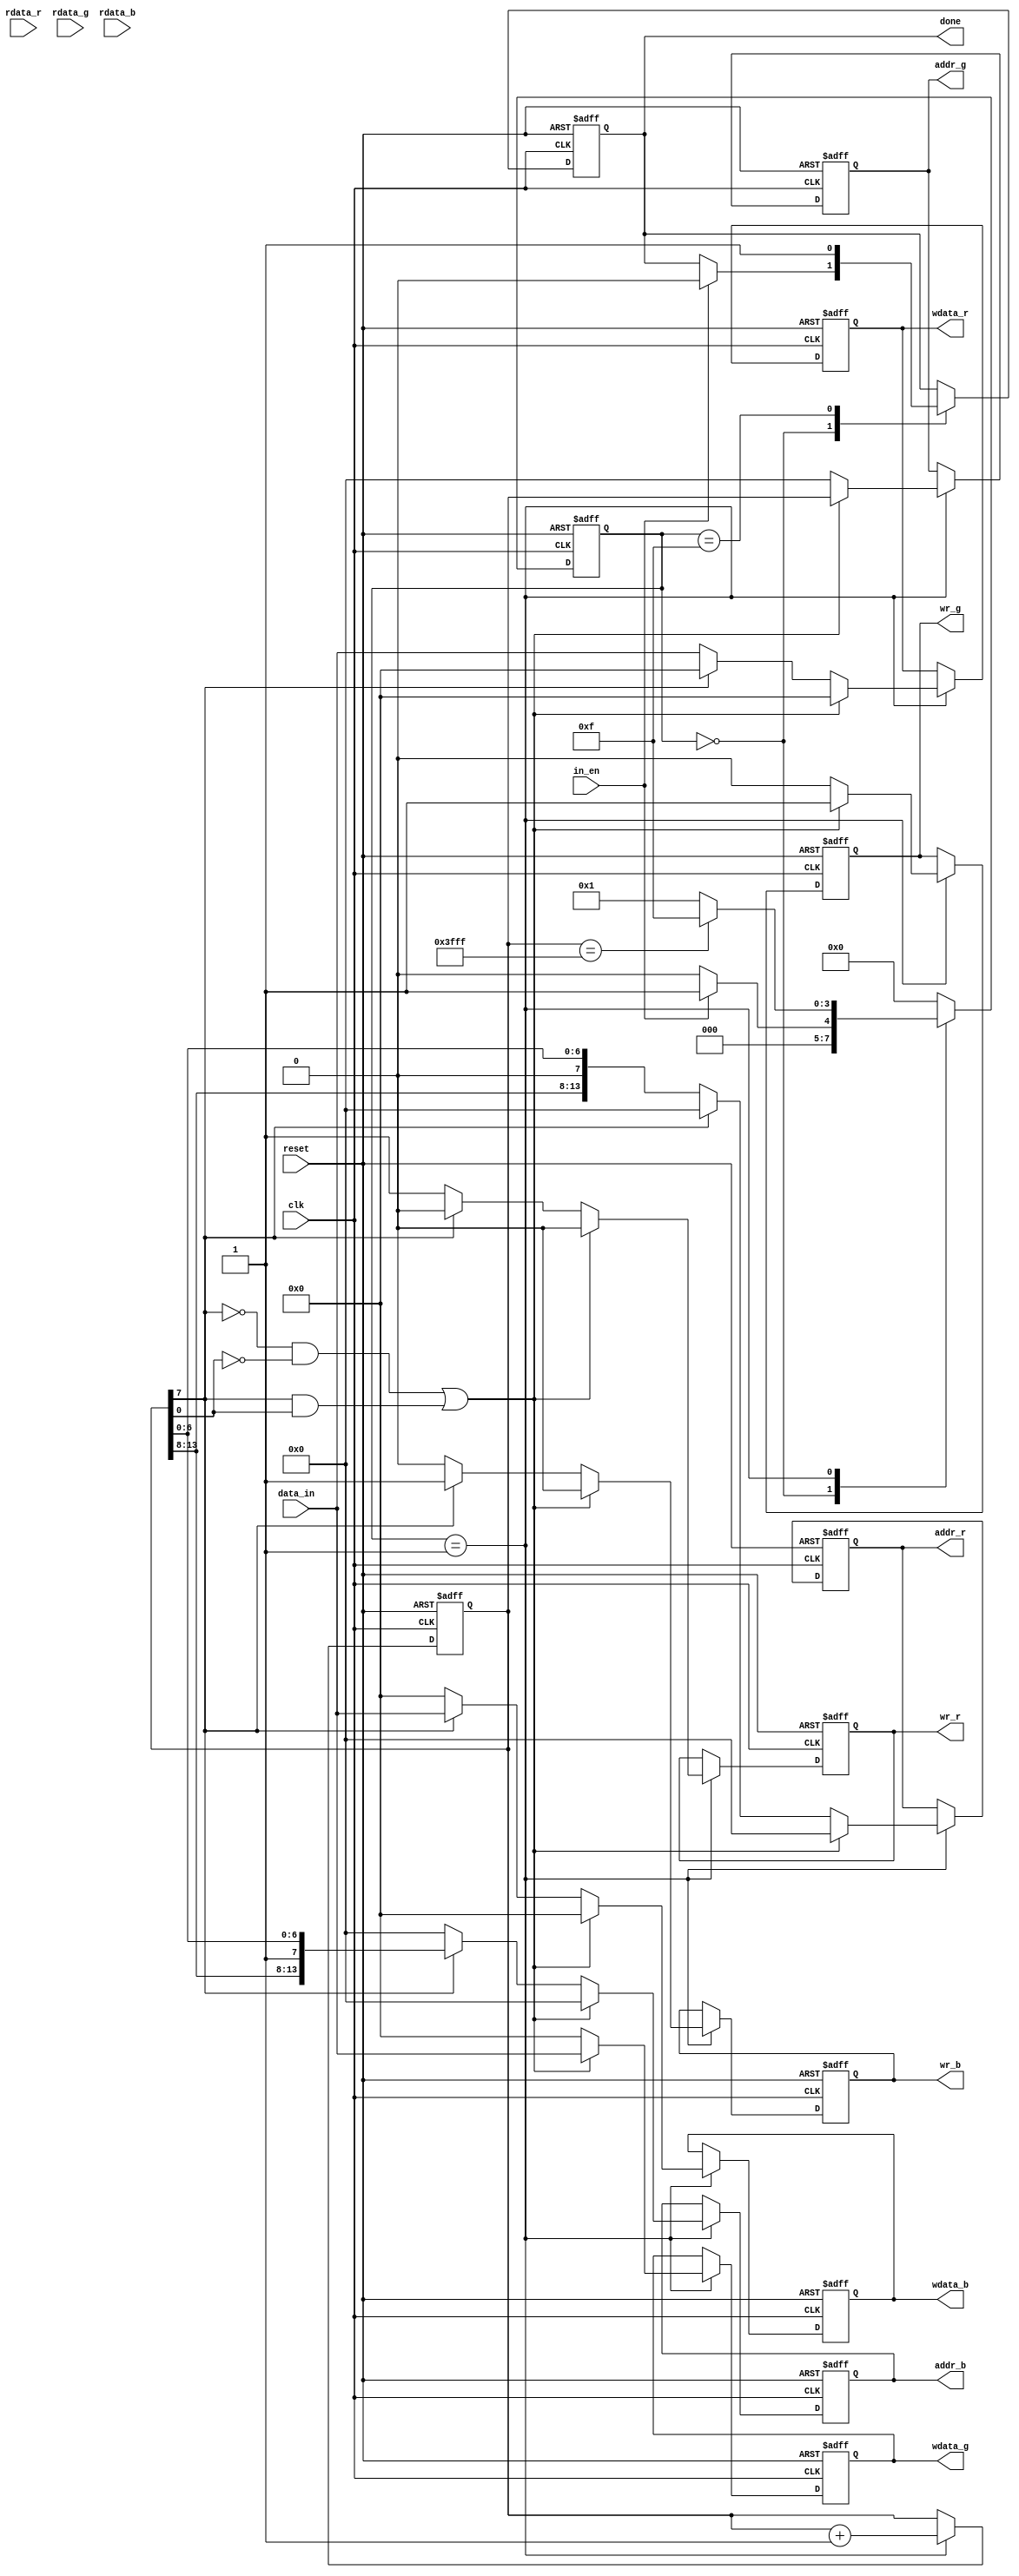
module demosaic(clk, reset, in_en, data_in, wr_r, addr_r, wdata_r, rdata_r, wr_g, addr_g, wdata_g, rdata_g, wr_b, addr_b, wdata_b, rdata_b, done);
input clk;
input reset;
input in_en;
input [7:0] data_in;
output reg wr_r;
output reg [13:0] addr_r;
output reg [7:0] wdata_r;
input [7:0] rdata_r;
output reg wr_g;
output reg [13:0] addr_g;
output reg [7:0] wdata_g;
input [7:0] rdata_g;
output reg wr_b;
output reg [13:0] addr_b;
output reg [7:0] wdata_b;
input [7:0] rdata_b;
output reg done;

//state param
localparam INIT = 0;
localparam READ_DATA = 1;
localparam Bilinear = 2;
localparam type_0 = 3;
localparam type_1 = 4;
localparam type_2 = 5;
localparam type_3 = 6;
localparam type_5 = 7;
localparam type_6 = 8;
localparam type_7 = 9;
localparam type_8 = 10;
localparam type_a = 11;
localparam type_b = 12;
localparam type_c = 13;
localparam type_d = 14;
localparam FINISH = 15;

//regs
reg [3:0] state, nextState;
reg [13:0] center; // Coordinate (row, column) = (center[13:7], center[6:0])
reg [2:0] counter; 
reg signed [9:0] r_Sum, g_Sum, b_Sum; // {add_integer(10bits)}

//constant param
localparam LENGTH = 7'd127;
localparam ZERO = 7'd0; 

//wire constants
wire [6:0] cx_add1,cx_minus1,cy_add1,cy_minus1;
assign cy_add1 = center[13:7] + 7'd1;
assign cy_minus1 = center[13:7] - 7'd1;
assign cx_add1 = center[6:0] + 7'd1 ;
assign cx_minus1 = center[6:0] - 7'd1;

//state ctrl
always @(posedge clk or posedge reset) begin
	if(reset) state <= INIT;
	else state <= nextState;
end

//next state logic
always @(*) begin
	case (state)
		INIT: nextState = (in_en)? READ_DATA : INIT;
		READ_DATA: nextState = (center == 14'd16383)? FINISH : READ_DATA;
		FINISH: nextState = INIT;
		default: nextState = INIT;
	endcase
end

//main sequential circuit
always @(posedge clk or posedge reset) begin
	if (reset) begin
		done <= 1'd0;
		wr_r <= 1'd0;
		wr_g <= 1'd0;
		wr_b <= 1'd0;
		addr_r <= 14'd0;
		addr_g <= 14'd0;
		addr_b <= 14'd0;
		wdata_r <= 8'd0;
		wdata_g <= 8'd0;
		wdata_b <= 8'd0;

		center <= {7'd0 , 7'd0};
		counter <= 3'd0;
		r_Sum <= 9'd0; 
		g_Sum <= 9'd0; 
		b_Sum <= 9'd0; 
	end
	else begin
		case (state)
			INIT:begin
				if (in_en) begin
					done <= 1'd0;
				end
			end
			READ_DATA:begin
				wr_r <= 1'd0;
				wr_g <= 1'd0;
				wr_b <= 1'd0;
				addr_r <= 14'd0;
				addr_g <= 14'd0;
				addr_b <= 14'd0;
				wdata_r <= 8'd0;
				wdata_g <= 8'd0;
				wdata_b <= 8'd0;

				if ( (center[7]==1'd0 && center[0]==1'd0) || (center[7]==1'd1 && center[0]==1'd1) ) begin
					wr_g <= 1'd1;
					addr_g <= center;
					wdata_g <= data_in;
				end
				else if ( center[7]==1'd1 ) begin
					wr_b <= 1'd1;
					addr_b <= center;
					wdata_b <= data_in;
				end
				else begin
					wr_r <= 1'd1;
					addr_r <= center;
					wdata_r <= data_in;
				end

				center <= center + 14'd1;
			end
			FINISH: begin
				done <= 1'd1;
			end
		endcase
	end
end

endmodule